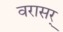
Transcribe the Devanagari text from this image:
वरासर्